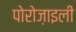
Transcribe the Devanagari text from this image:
पोरोज़ाइली